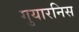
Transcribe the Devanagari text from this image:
गुयारनिस